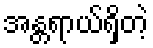
အန္တရာယ်ရှိတဲ့